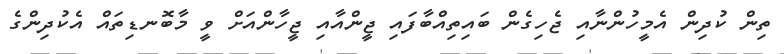
ތިން ކުދިން އެމީހުންނާއި ޖެހިގެން ބައިތިއްބާފައި ޖީންއާއި ޖީހާންއަށް ވީ މާބޮނޑިތައް އެކުދިންގެ